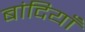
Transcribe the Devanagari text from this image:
बांदियाँ